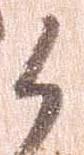
候